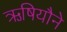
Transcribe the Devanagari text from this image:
ऋषियौने